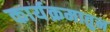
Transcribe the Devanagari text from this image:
कार्यक्रमातुन